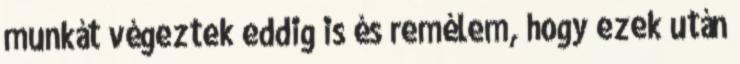
munkát végeztek eddig is és remélem, hogy ezek után